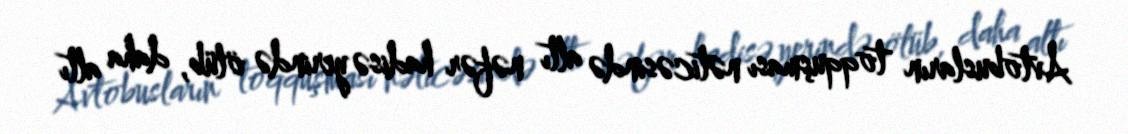
Avtobusların toqquşması nəticəsində altı nəfər hadisə yerində ölüb, daha altı